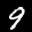
Label: 9